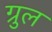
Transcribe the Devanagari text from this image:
ग्रुल